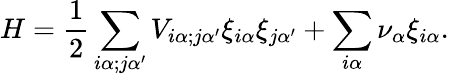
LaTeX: H=\frac{1}{2}\sum_{i\alpha;j\alpha^{\prime}}V_{i\alpha;j\alpha^{\prime}}\xi_{i\alpha}\xi_{j\alpha^{\prime}}+\sum_{i\alpha}\nu_{\alpha}\xi_{i\alpha}.